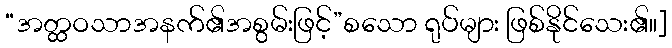
“အတ္ထဝသာအနက်၏အစွမ်းဖြင့်”စသော ရုပ်များ ဖြစ်နိုင်သေး၏။]